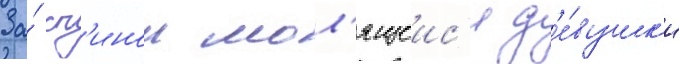
За́ сп'инои мол'ящеис'я д'е́вушк'и